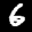
Label: 6